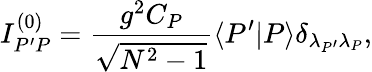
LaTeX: I_{P^{\prime}P}^{(0)}=\frac{g^{2}C_{P}}{\sqrt{N^{2}-1}}\langle P^{\prime}|P\rangle\delta_{{\lambda_{P^{\prime}}}{\lambda_{P}}},